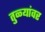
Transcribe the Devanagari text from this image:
तुळ्यांवर